Civil Veterinary Dept. Bombay admin report 1932-41 - 1932-1941
Year: 1932
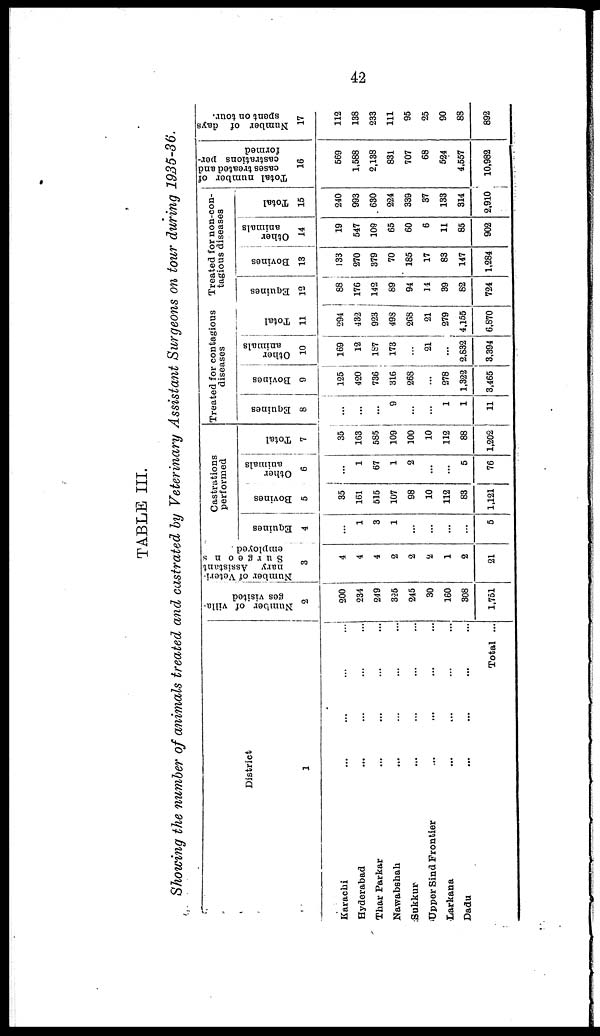
42
TABLE III.
Showing the number of animals treated and castrated by Veterinary Assistant Surgeons on tour during 1935-36.
District
1
Karachi ... ... ... ...
Hyderabad
...
...
...
...
Thar Parkar ... ... ... ...
Nawabshah ... ... ... ...
Sukkur ... ... ... ...
Upper Sind Frontier ... ... ... ...
Larkana ... ... ... ...
Dadu
...
...
...
...
Total ...
Number of villa-
ges visited
2
200
234
249
3-25
245
30
160
308
1,751
Number of Veteri-
nary Assistant
Surgeons
employed.
3
4
4
4
2
2
2
1
2
21
Castrations
performed
Equines
4
...
1
3
1
...
...
...
...
5
Bovines
5
35
161
515
107
98
10
112
83
1,121
Other
animals
6
...
1
67
1
2
...
...
5
76
Total
7
35
163
585
109
100
10
112
88
1,202
Treated for contagious
diseases
Equines
8
...
...
...
9
...
...
1
1
11
Bovines
9
125
420
736
816
268
...
278
1,322
3,465
Other
animals
10
169
12
187
173
...
21
...
2,832
3,394
Total
11
294
432
923
498
268
21
279
4,155
6,870
Treated for non-con-
tagious diseases
Equines
12
88
176
142
89
94
14
39
82
724
Bovines
13
133
270
379
70
185
17
83
147
1,284
Other
animals
14
19
547
109
65
60
6
11
85
902
Total
15
240
993
630
224
339
37
133
314
2,910
Total number of
cases treated and
castrations per-
formed
16
569
1,588
2,138
831
707
68
524
4,557
10,982
Number of days
spent on tour.
17
112
138
233
111
95
25
90
88
892